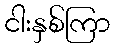
ငါးနှစ်ကြာ